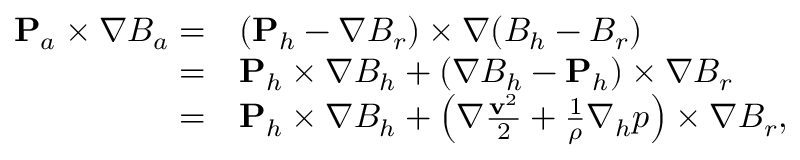
\begin{array} { r l } { { \bf P } _ { a } \times \nabla B _ { a } = } & { ( { \bf P } _ { h } - \nabla B _ { r } ) \times \nabla ( B _ { h } - B _ { r } ) } \\ { = } & { { \bf P } _ { h } \times \nabla B _ { h } + ( \nabla B _ { h } - { \bf P } _ { h } ) \times \nabla B _ { r } } \\ { = } & { { \bf P } _ { h } \times \nabla B _ { h } + \left( \nabla \frac { { \bf v } ^ { 2 } } { 2 } + \frac { 1 } { \rho } \nabla _ { h } p \right) \times \nabla B _ { r } , } \end{array}